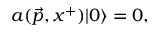
a ( \vec { p } , x ^ { + } ) \vert 0 \rangle = 0 ,